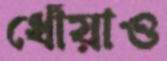
ধোঁয়াও